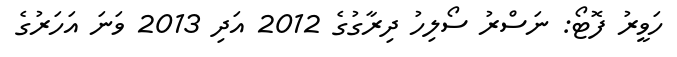
ހަވީރު ފޮޓޯ: ނަސްރު ސޯލިހު ދިރާގުގެ 2012 އަދި 2013 ވަނަ އަހަރުގެ